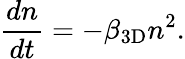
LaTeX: \frac{dn}{dt}=-\beta_{\mathrm{3D}}n^{2}.